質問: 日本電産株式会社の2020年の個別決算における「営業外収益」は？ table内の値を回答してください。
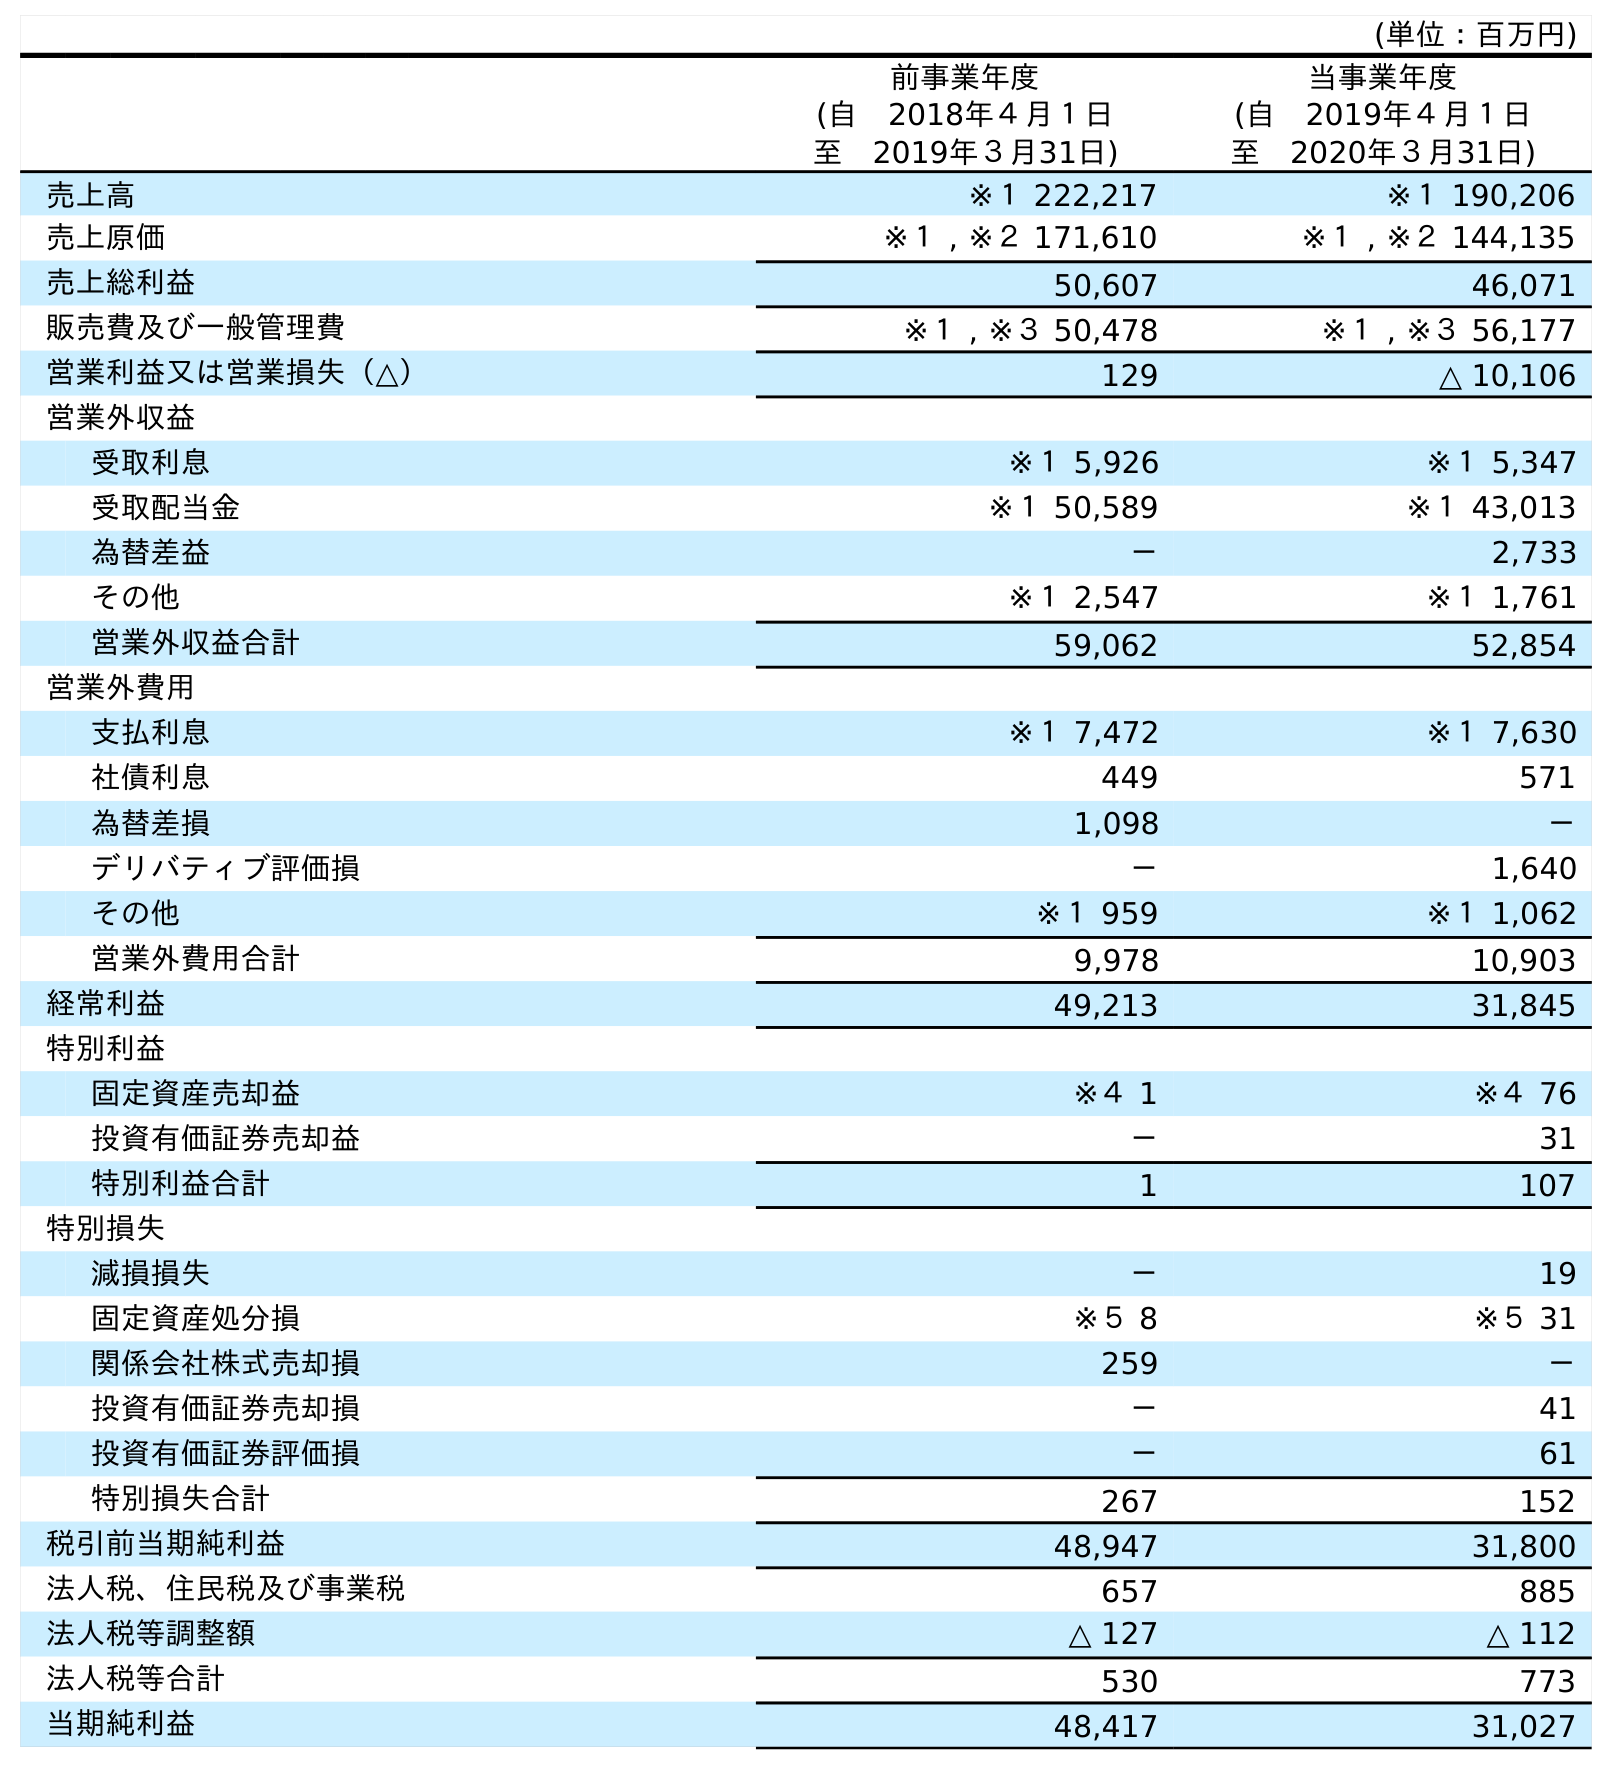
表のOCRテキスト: (単位：百万円) 前事業年度 (自 2018年４月１日 至 2019年３月31日) 当事業年度 (自 2019年４月１日 至 2020年３月31日) 売上高 ※１ 222,217 ※１ 190,206 売上原価 ※１ , ※２ 171,610 ※１ , ※２ 144,135 売上総利益 50,607 46,071 販売費及び一般管理費 ※１ , ※３ 50,478 ※１ , ※３ 56,177 営業利益又は営業損失（△） 129 △ 10,106 営業外収益 受取利息 ※１ 5,926 ※１ 5,347 受取配当金 ※１ 50,589 ※１ 43,013 為替差益 － 2,733 その他 ※１ 2,547 ※１ 1,761 営業外収益合計 59,062 52,854 営業外費用 支払利息 ※１ 7,472 ※１ 7,630 社債利息 449 571 為替差損 1,098 － デリバティブ評価損 － 1,640 その他 ※１ 959 ※１ 1,062 営業外費用合計 9,978 10,903 経常利益 49,213 31,845 特別利益 固定資産売却益 ※４ 1 ※４ 76 投資有価証券売却益 － 31 特別利益合計 1 107 特別損失 減損損失 － 19 固定資産処分損 ※５ 8 ※５ 31 関係会社株式売却損 259 － 投資有価証券売却損 － 41 投資有価証券評価損 － 61 特別損失合計 267 152 税引前当期純利益 48,947 31,800 法人税、住民税及び事業税 657 885 法人税等調整額 △ 127 △ 112 法人税等合計 530 773 当期純利益 48,417 31,027
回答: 52,854